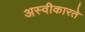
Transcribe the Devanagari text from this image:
अस्‍वीकारते